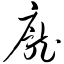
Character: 庞